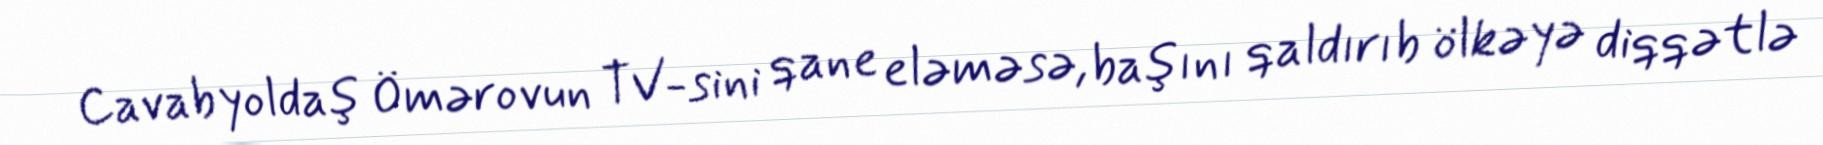
Cavab yoldaş Ömərovun TV-sini qane eləməsə, başını qaldırıb ölkəyə diqqətlə